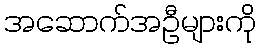
အဆောက်အဦများကို